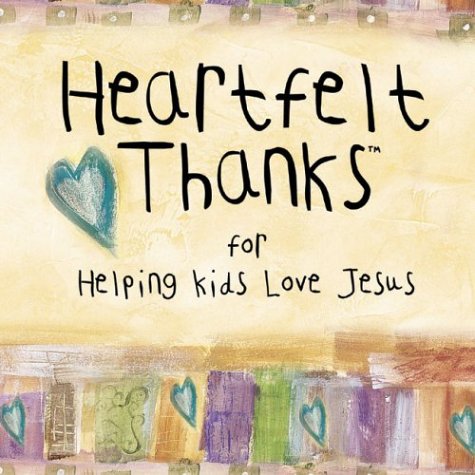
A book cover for Heartfelt Thanks for Helping Kids Love Jesus; Group Publishing; Christian Books & Bibles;